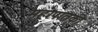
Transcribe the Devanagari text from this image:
महापातकी